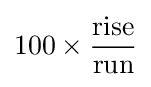
100\times {\frac {\text{rise}}{\text{run}}}